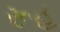
રૂહ